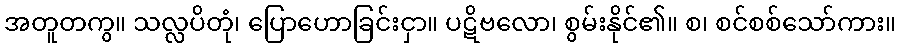
အတူတကွ။ သလ္လပိတုံ၊ ပြောဟောခြင်းငှာ။ ပဋိဗလော၊ စွမ်းနိုင်၏။ စ၊ စင်စစ်သော်ကား။